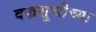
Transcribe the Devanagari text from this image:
वज्रसूचीच्या